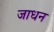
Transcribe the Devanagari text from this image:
जाधन